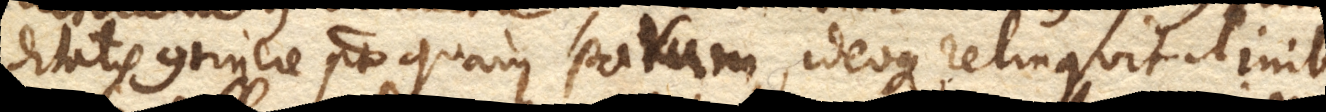
ditatis continere potest quam parum, ideoque relinquit inibi